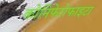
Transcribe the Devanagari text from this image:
कोनिफेरोफाइटा